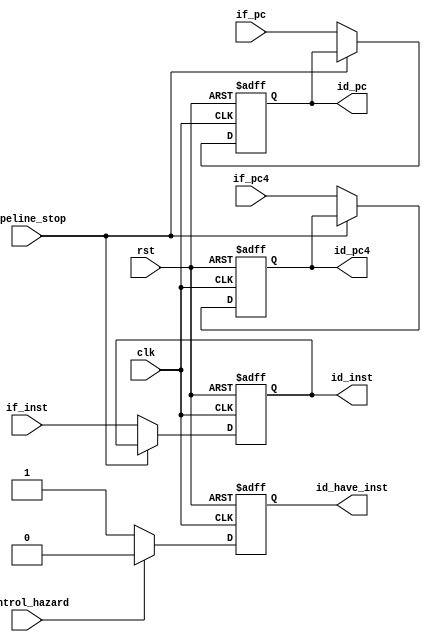
module IF_ID (
    input  wire        clk,
    input  wire        rst,
    input  wire        pipeline_stop,
    input  wire        control_hazard,
    input  wire [31:0] if_inst,
    input  wire [31:0] if_pc,
    input  wire [31:0] if_pc4,
    output reg         id_have_inst,
    output reg  [31:0] id_inst,
    output reg  [31:0] id_pc,
    output reg  [31:0] id_pc4
);

  always @(posedge clk or posedge rst) begin
    if (rst) id_have_inst <= 1'd0;
    else if (control_hazard) id_have_inst <= 1'd0;
    else id_have_inst <= 1'd1;
  end

  always @(posedge clk or posedge rst) begin
    if (rst) id_inst <= 32'd0;
    else if (pipeline_stop) id_inst <= id_inst;
    else id_inst <= if_inst;
  end

  always @(posedge clk or posedge rst) begin
    if (rst) id_pc <= 32'd0;
    else if (pipeline_stop) id_pc <= id_pc;
    else id_pc <= if_pc;
  end

  always @(posedge clk or posedge rst) begin
    if (rst) id_pc4 <= 32'd0;
    else if (pipeline_stop) id_pc4 <= id_pc4;
    else id_pc4 <= if_pc4;
  end

endmodule